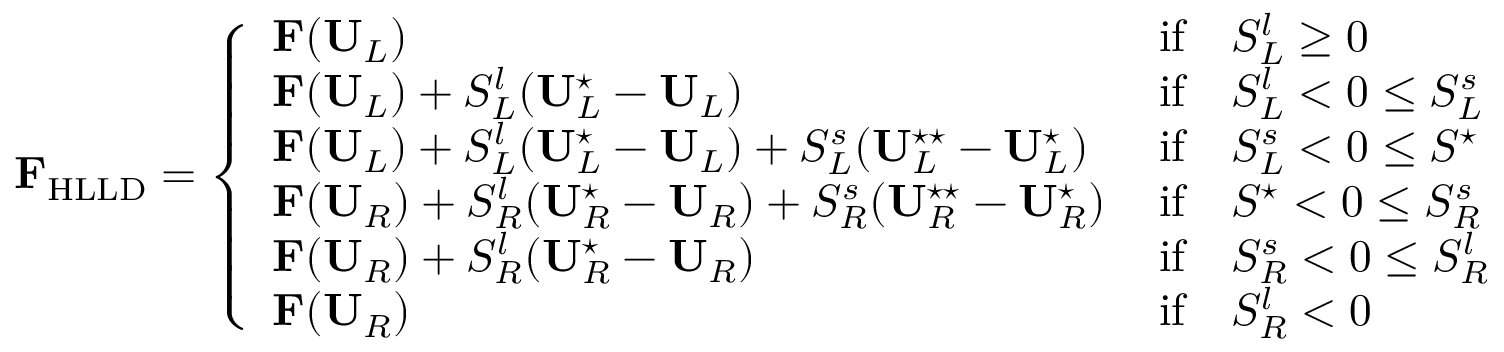
\mathbf { F } _ { \mathrm { H L L D } } = \left\{ \begin{array} { l l } { \mathbf { F } ( \mathbf { U } _ { L } ) \, } & { \mathrm { i f } \quad S _ { L } ^ { l } \geq 0 } \\ { \mathbf { F } ( \mathbf { U } _ { L } ) + S _ { L } ^ { l } ( \mathbf { U } _ { L } ^ { \star } - \mathbf { U } _ { L } ) \, } & { \mathrm { i f } \quad S _ { L } ^ { l } < 0 \leq S _ { L } ^ { s } } \\ { \mathbf { F } ( \mathbf { U } _ { L } ) + S _ { L } ^ { l } ( \mathbf { U } _ { L } ^ { \star } - \mathbf { U } _ { L } ) + S _ { L } ^ { s } ( \mathbf { U } _ { L } ^ { \star \star } - \mathbf { U } _ { L } ^ { \star } ) \, } & { \mathrm { i f } \quad S _ { L } ^ { s } < 0 \leq S ^ { \star } } \\ { \mathbf { F } ( \mathbf { U } _ { R } ) + S _ { R } ^ { l } ( \mathbf { U } _ { R } ^ { \star } - \mathbf { U } _ { R } ) + S _ { R } ^ { s } ( \mathbf { U } _ { R } ^ { \star \star } - \mathbf { U } _ { R } ^ { \star } ) \, } & { \mathrm { i f } \quad S ^ { \star } < 0 \leq S _ { R } ^ { s } } \\ { \mathbf { F } ( \mathbf { U } _ { R } ) + S _ { R } ^ { l } ( \mathbf { U } _ { R } ^ { \star } - \mathbf { U } _ { R } ) \, } & { \mathrm { i f } \quad S _ { R } ^ { s } < 0 \leq S _ { R } ^ { l } } \\ { \mathbf { F } ( \mathbf { U } _ { R } ) \, } & { \mathrm { i f } \quad S _ { R } ^ { l } < 0 } \end{array} \right.